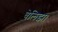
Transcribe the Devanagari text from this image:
वेलिझ।